Vaccine operations Central Provinces & Berar 1912-1920 - 1912-1920
Year: 1912
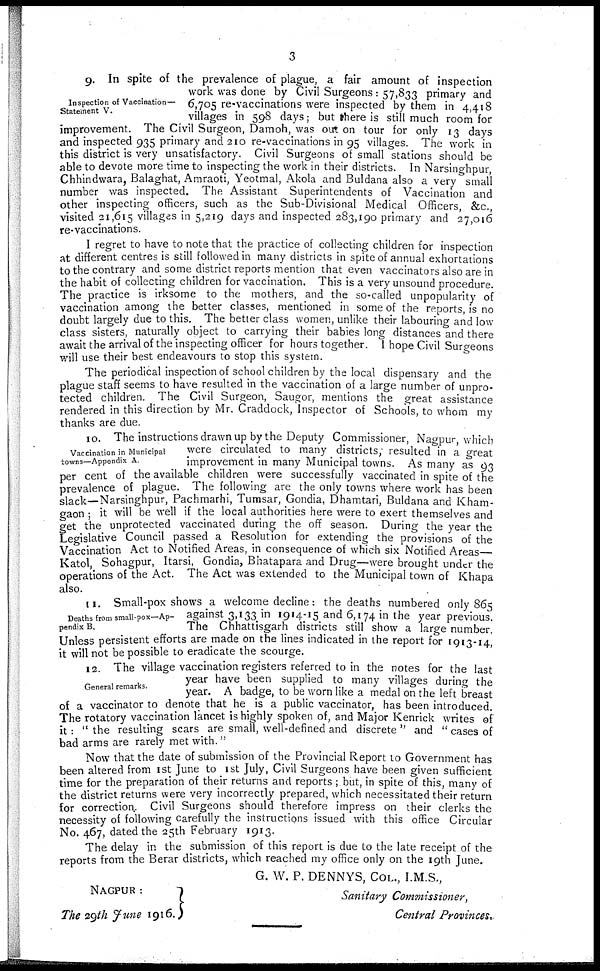
3
Inspection of Vaccination-
Statement V.
9. In spite of the prevalence of plague, a fair amount of inspection
work was done by Civil Surgeons: 57,833 primary and
6,705 re-vaccinations were inspected by them in 4,418
villages in 598 days; but there is still much room for
improvement. The Civil Surgeon, Damoh, was out on tour for only 13 days
and inspected 935 primary and 210 re-vaccinations in 95 villages. The work in
this district is very unsatisfactory. Civil Surgeons of small stations should be
able to devote more time to inspecting the work in their districts. In Narsinghpur,
Chhindwara, Balaghat, Amraoti, Yeotmal, Akola and Buldana also a very small
number was inspected. The Assistant Superintendents of Vaccination and
other inspecting officers, such as the Sub-Divisional Medical Officers, &c.,
visited 21,615 villages in 5,219 days and inspected 283,190 primary and 27,016
re-vaccinations.
I regret to have to note that the practice of collecting children for inspection
at different centres is still followed in many districts in spite of annual exhortations
to the contrary and some district reports mention that even vaccinators also are in
the habit of collecting children for vaccination. This is a very unsound procedure.
The practice is irksome to the mothers, and the so-called unpopularity of
vaccination among the better classes, mentioned in some of the reports, is no
doubt largely due to this. The better class women, unlike their labouring and low
class sisters, naturally object to carrying their babies long distances and there
await the arrival of the inspecting officer for hours together. I hope Civil Surgeons
will use their best endeavours to stop this system.
The periodical inspection of school children by the local dispensary and the
plague staff seems to have resulted in the vaccination of a large number of unpro-
tected children. The Civil Surgeon, Saugor, mentions the great assistance
rendered in this direction by Mr. Craddock, Inspector of Schools, to whom my
thanks are due.
Vaccination in Municipal
towns—Appendix A.
10. The instructions drawn up by the Deputy Commissioner, Nagpur, which
were circulated to many districts, resulted in a great
improvement in many Municipal towns. As many as 93
per cent of the available children were successfully vaccinated in spite of the
prevalence of plague. The following are the only towns where work has been
slack—Narsinghpur, Pachmarhi, Tumsar, Gondia, Dhamtari, Buldana and Kham-
gaon ; it will be well if the local authorities here were to exert themselves and
get the unprotected vaccinated during the off season. During the year the
Legislative Council passed a Resolution for extending the provisions of the
Vaccination Act to Notified Areas, in consequence of which six Notified Areas
Katol, Sohagpur, Itarsi, Gondia, Bhatapara and Drug—were brought under the
operations of the Act. The Act was extended to the Municipal town of Khapa
also.
Deaths from small-pox—Ap-
pendix B.
11. Small-pox shows a welcome decline: the deaths numbered only 865
against 3,133 in 1914-15 and 6,174 in the year previous.
The Chhattisgarh districts still show a large number.
Unless persistent efforts are made on the lines indicated in the report for 1913-14,
it will not be possible to eradicate the scourge.
General remarks.
12. The village vaccination registers referred to in the notes for the last
year have been supplied to many villages during the
year. A badge, to be worn like a medal on the left breast
of a vaccinator to denote that he is a public vaccinator, has been introduced.
The rotatory vaccination lancet is highly spoken of, and Major Kenrick writes of
it: " the resulting scars are small, well-defined and discrete " and " cases of
bad arms are rarely met with."
Now that the date of submission of the Provincial Report to Government has
been altered from 1st June to 1st July, Civil Surgeons have been given sufficient
time for the preparation of their returns and reports ; but, in spite of this, many of
the district returns were very incorrectly prepared, which necessitated their return
for correction. Civil Surgeons should therefore impress on their clerks the
necessity of following carefully the instructions issued with this office Circular
No. 467, dated the 25th February 1913.
The delay in the submission of this report is due to the late receipt of the
reports from the Berar districts, which reached my office only on the 19th June.
G. W. P. DENNYS, COL., I.M.S.,
Sanitary Commissioner,
Central Provinces.
NAGPUR :
The 29th June 1916.